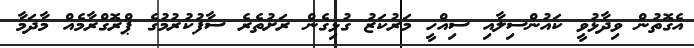
އެގޮތުން ވިދާޅުވީ ކައުންސިލާއި ސިއްހީ މަރުކަޒު ގުޅިގެން ރަށުތެރެ ސާފުކުރުމުގެ ޕްރޮގްރާމެއް މާދަމާ